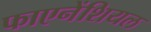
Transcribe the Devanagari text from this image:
फाएनेंशियल